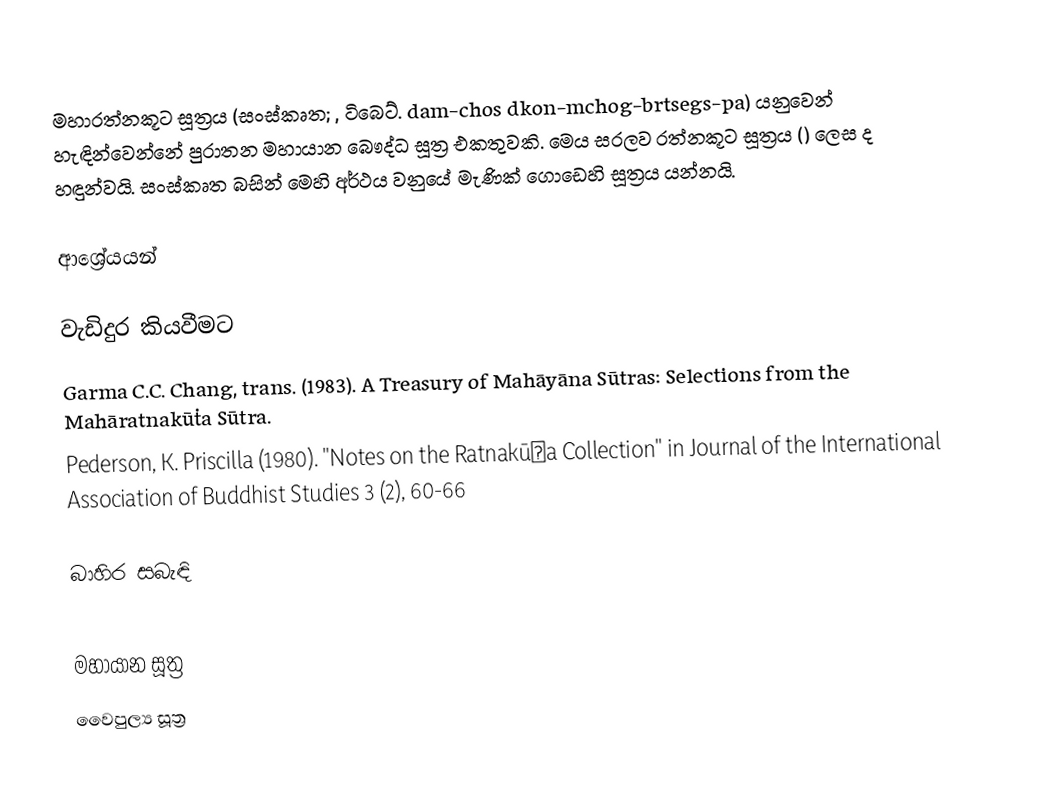
මහාරත්නකූට සූත්‍රය (සංස්කෘත; , ටිබෙට්. dam-chos dkon-mchog-brtsegs-pa) ‍යනුවෙන් හැඳින්වෙන්නේ පුරාතන මහායාන බෞද්ධ සූත්‍ර එකතුවකි. මෙය සරලව රත්නකූට සූත්‍රය () ලෙස ද හඳුන්වයි. සංස්කෘත බසින් මෙහි අර්ථය වනුයේ මැණික් ගොඩෙහි සූත්‍රය යන්නයි.

ආශ්‍රේයයන්

වැඩිදුර කියවීමට
 Garma C.C. Chang, trans. (1983). A Treasury of Mahāyāna Sūtras: Selections from the Mahāratnakūṭa Sūtra.
Pederson, K. Priscilla (1980). "Notes on the Ratnakūṭa Collection" in Journal of the International Association of Buddhist Studies 3 (2), 60-66

බාහිර සබැඳි

මහායාන සූත්‍ර
වෛපුල්‍ය සූත්‍ර